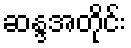
ဆန္ဒအတိုင်း